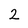
Character: 2